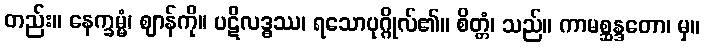
တည်း။ နေက္ခမ္မံ၊ ဈာန်ကို။ ပဋိလဒ္ဓဿ၊ ရသောပုဂ္ဂိုလ်၏။ စိတ္တံ၊ သည်။ ကာမစ္ဆန္ဒတော၊ မှ။